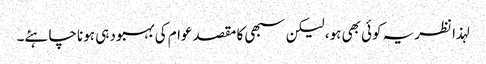
لہذا نظریہ کوئی بھی ہو، لیکن سبھی کا مقصد عوام کی بہبود ہی ہونا چاہئے۔